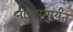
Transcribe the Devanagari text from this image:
नागपूरपर्यंत